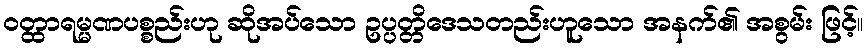
ဝတ္ထာရမ္မဏပစ္စည်းဟု ဆိုအပ်သော ဥပ္ပတ္တိဒေသတည်းဟူသော အနက်၏ အစွမ်း ဖြင့်။